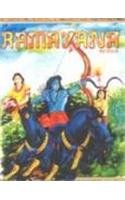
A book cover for Ramayana (Har Anand Children Classics); Children's Books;